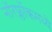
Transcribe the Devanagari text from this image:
नॉरर्फ्लोकमध्ये